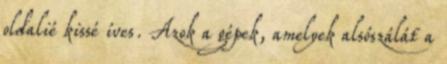
oldalié kissé íves. Azok a gépek, amelyek alsószálát a